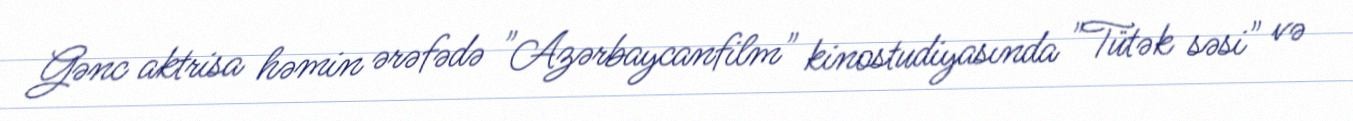
Gənc aktrisa həmin ərəfədə "Azərbaycanfilm" kinostudiyasında "Tütək səsi" və